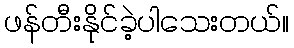
ဖန်တီးနိုင်ခဲ့ပါသေးတယ်။